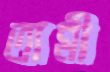
তান্নী